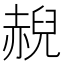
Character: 𲃇